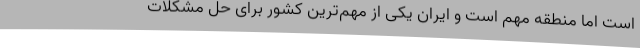
است اما منطقه مهم است و ایران یکی از مهم‌ترین کشور برای حل مشکلات